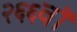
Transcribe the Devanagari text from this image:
२६६वॉ